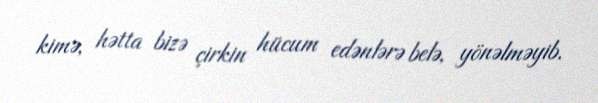
kimə, hətta bizə çirkin hücum edənlərə belə, yönəlməyib.